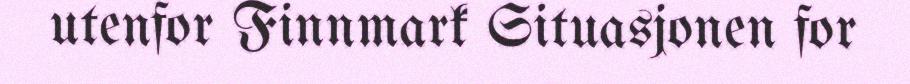
utenfor Finnmark Situasjonen for